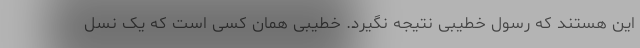
این هستند که رسول خطیبی نتیجه نگیرد. خطیبی همان کسی است که یک نسل